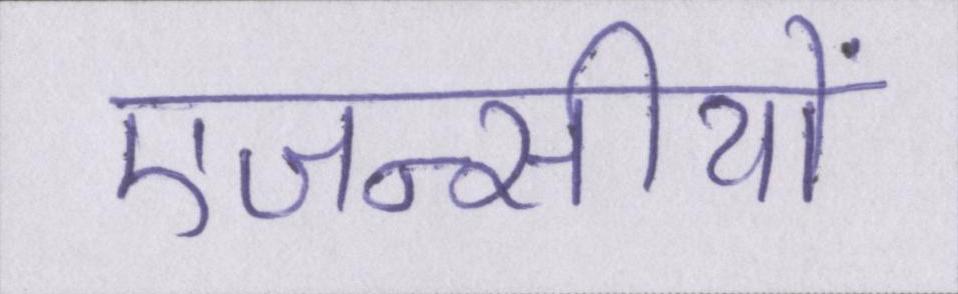
एजन्सीयों